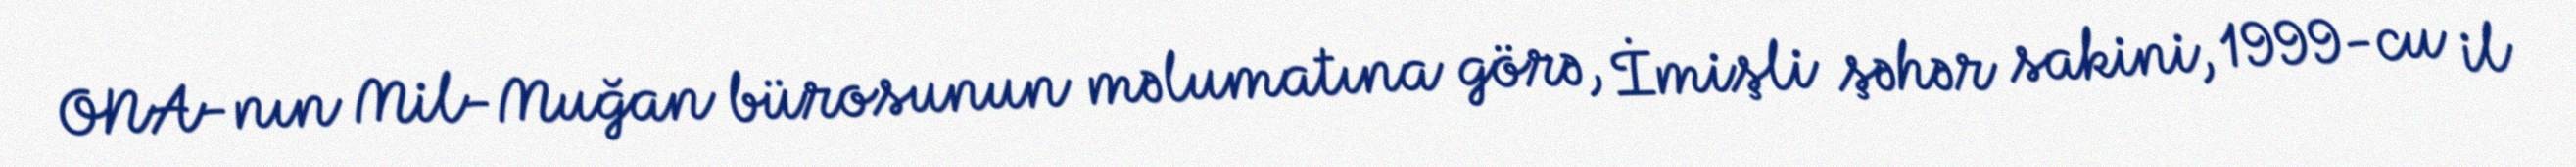
ONA-nın Mil-Muğan bürosunun məlumatına görə, İmişli şəhər sakini, 1999-cu il